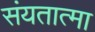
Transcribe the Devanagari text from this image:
संयतात्मा